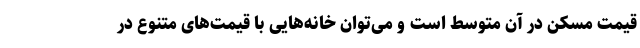
قیمت مسکن در آن متوسط است و می‌توان خانه‌هایی با قیمت‌های متنوع در